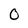
Character: 0